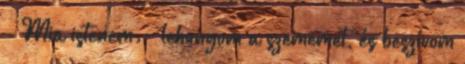
- Mia istenem. – lehunyom a szememet, és beszívom